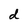
Character: d